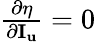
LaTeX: \begin{array}{r}{\frac{{\partial\eta}}{{\partial{{\mathbf{I}}_{\mathbf{u}}}}}=0}\end{array}